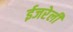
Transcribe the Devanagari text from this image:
ईजरेली